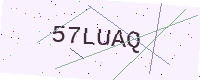
Text: 57LUAQ